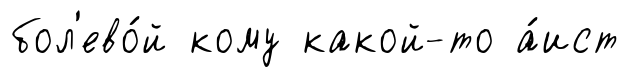
бол'ево́й кому какой-то а́ист